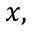
x ,